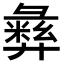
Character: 𫹈